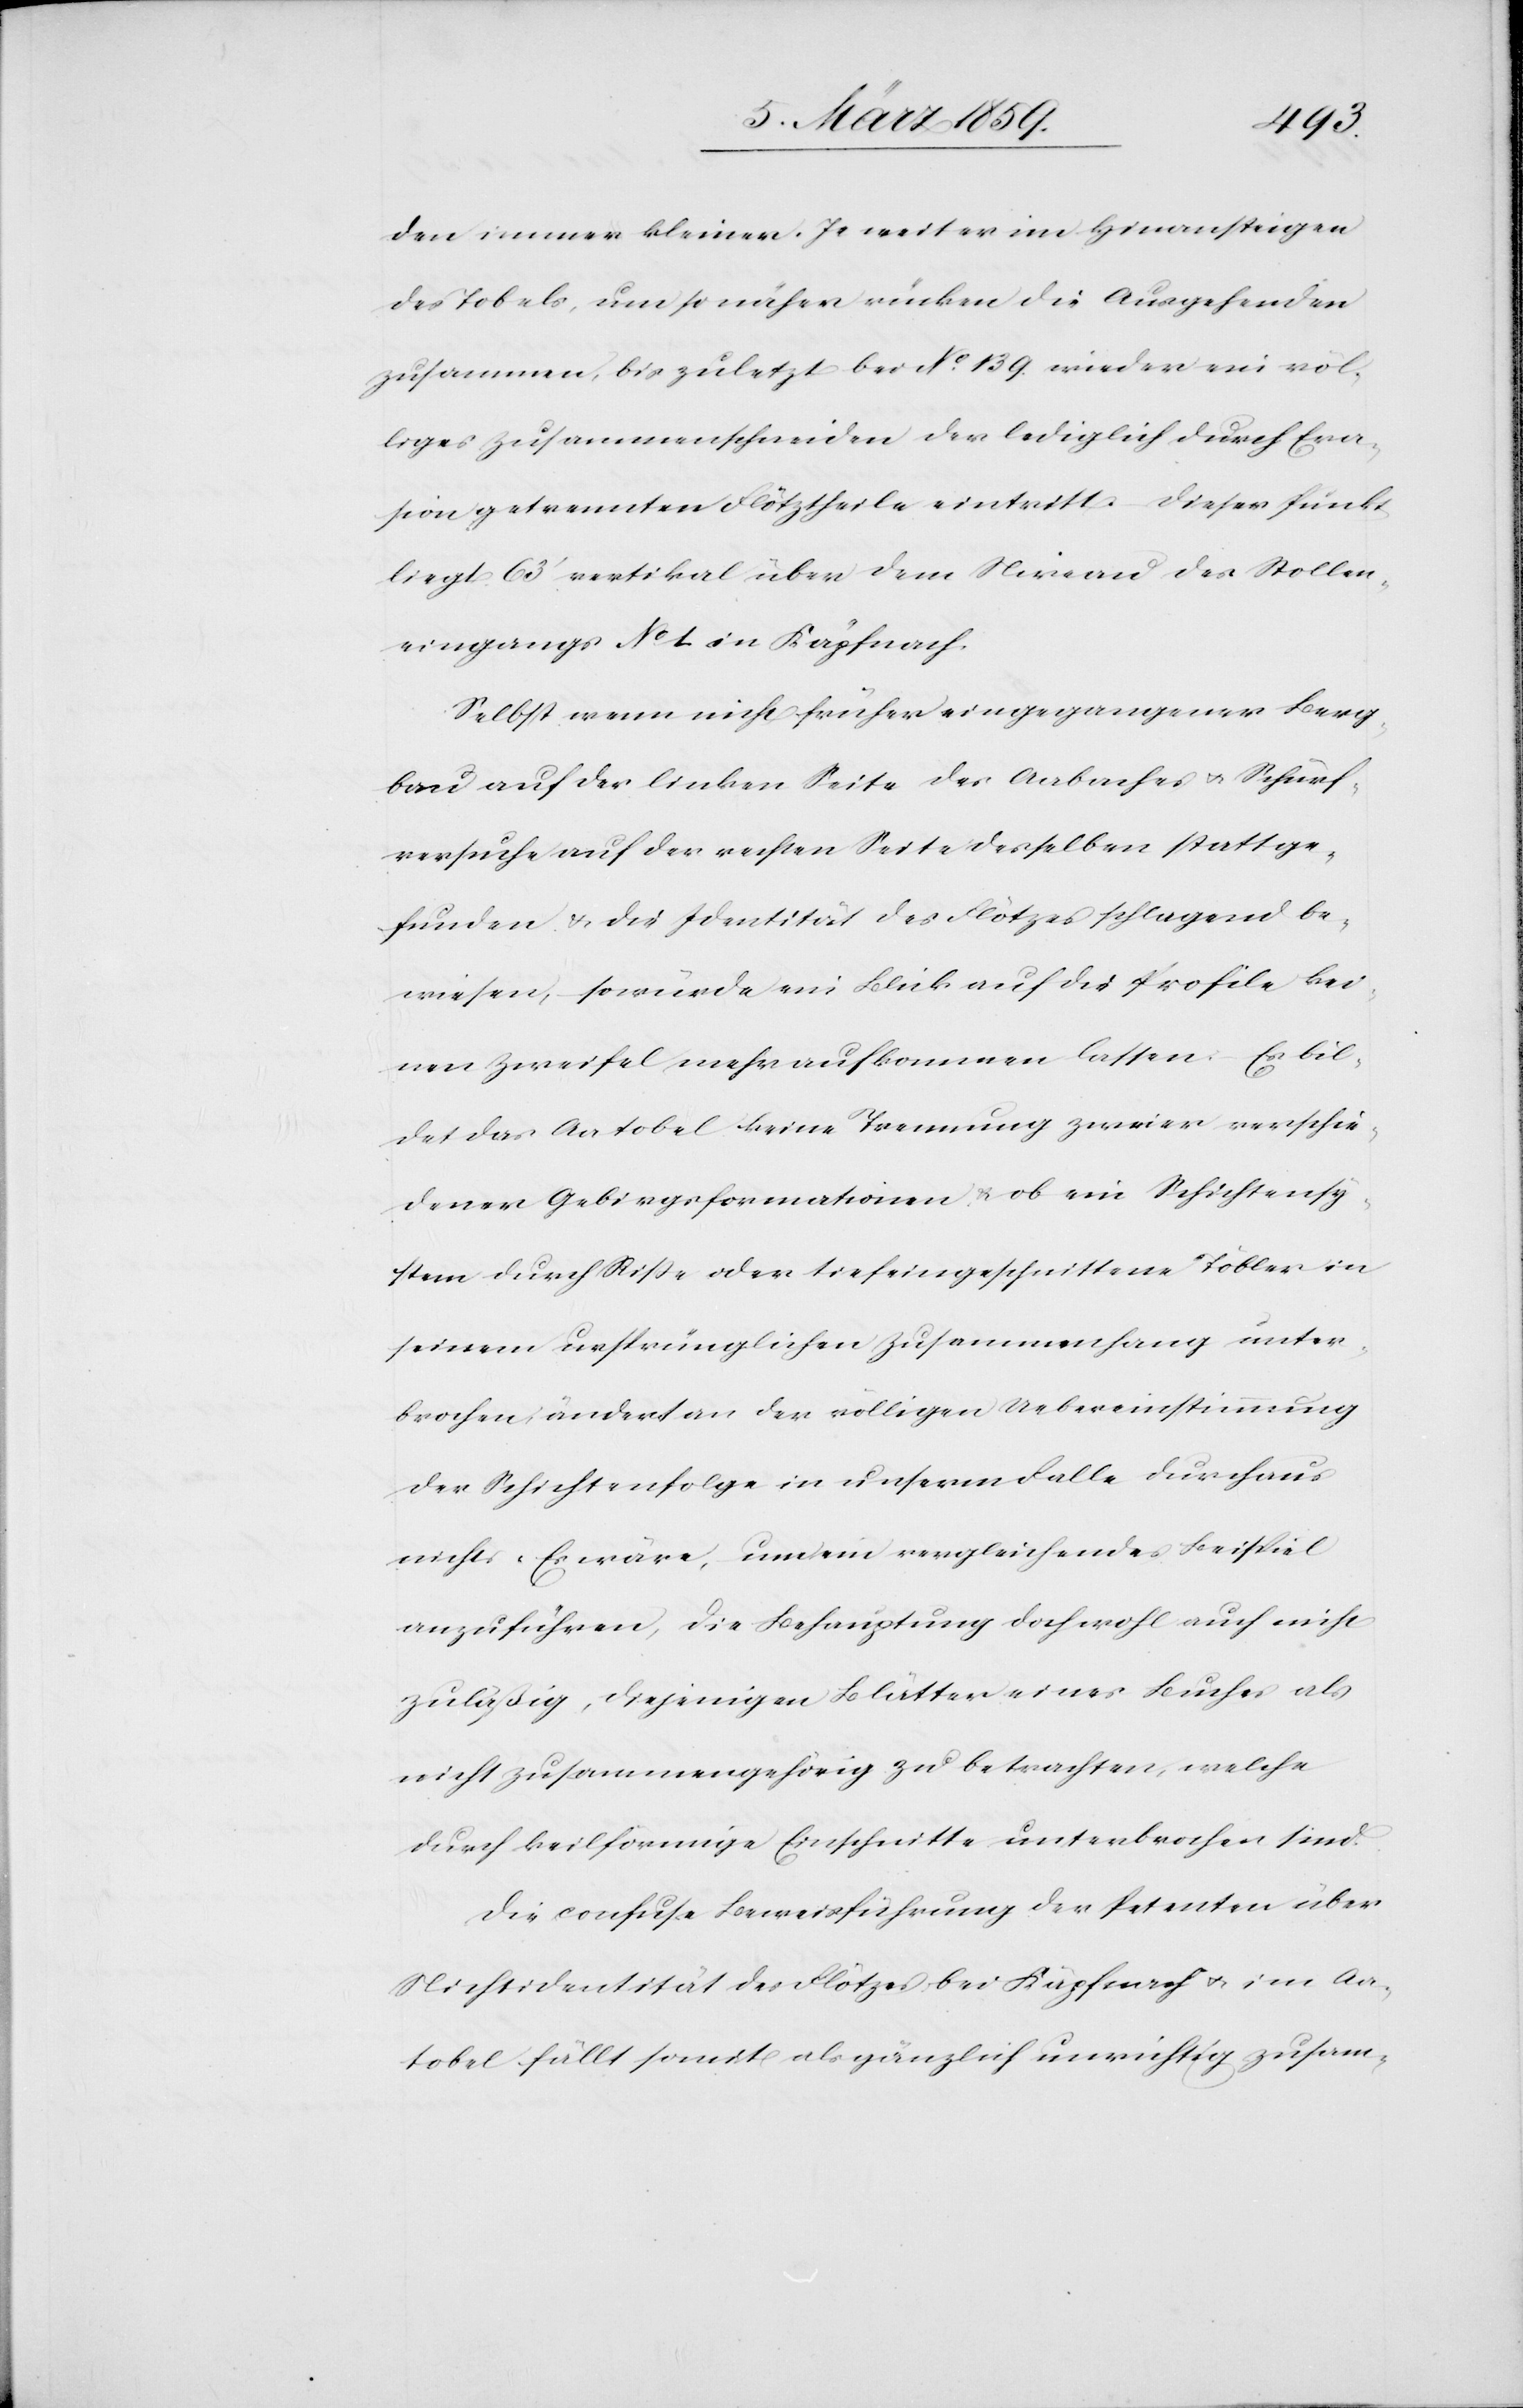
den immer kleiner. Je weiter im Hinaufsteigen
des Tobels, um so näher rücken die Ausgehenden
zusammen, bis zuletzt bei No. 139 wieder ein völ¬
liges Zusammenschneiden der lediglich durch Era¬
sion getrennten Flötztheile eintritt. Dieser Punkt
liegt 63‘ vertikal über dem Niveau des Stollen¬
eingangs No. 1. in Käpfnach.
Selbst wenn nicht früher eingegangener Berg¬
bau auf der linken Seite des Aabaches u. Schürf¬
versuche auf der rechten Seite desselben stattge¬
funden & die Identität des Flötzes schlagend be¬
wiesen, so würde ein Blick auf die Profile kei¬
nen Zweifel mehr aufkommen lassen. Es bil¬
det das Aatobel keine Trennung zweier verschie¬
dener Gebirgsformationen & ob ein Schichtensy¬
stem durch Riße oder tiefeingschnittene Töbler in
seinem ursprünglichen Zusammenhang unter¬
brochen, ändert an der völligen Uebereinstimmung
der Schichtenfolge in unserm Falle durchaus
nichts. Es wäre, um ein vergleichendes Beispiel
anzuführen, die Behauptung doch wohl auch nicht
zuläßig, diejenigen Blätter eines Buches als
nicht zusammengehörig zu betrachten, welche
durch keilförmige Einschnitte unterbrochen sind.
Die confuse Beweisführung der Petenten über
Nichtidentität des Flötzes bei Käpfnach u. im Aa¬
tobel fällt somit als gänzlich unrichtig zusam-